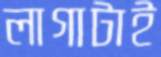
লাগাটাই